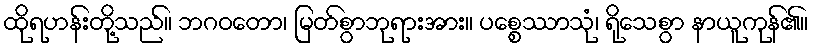
ထိုရဟန်းတို့သည်။ ဘဂဝတော၊ မြတ်စွာဘုရားအား။ ပစ္စေဿာသုံ၊ ရိုသေစွာ နာယူကုန်၏။